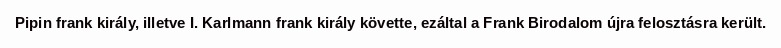
Pipin frank király, illetve I. Karlmann frank király követte, ezáltal a Frank Birodalom újra felosztásra került.